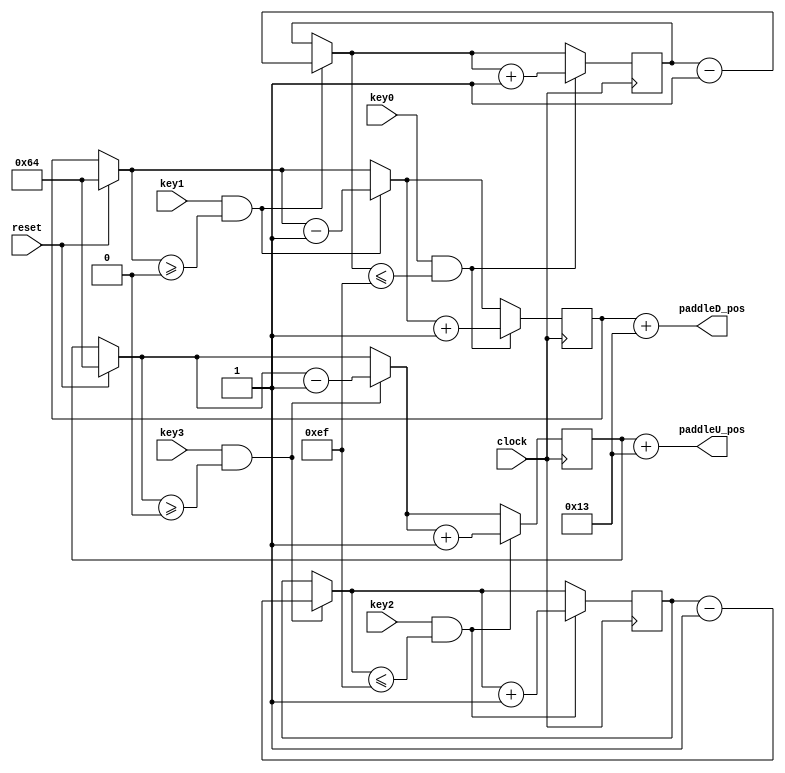
module Paddles #(

    parameter paddle_width = 9'd5,    //Width of paddles
    parameter paddle_length = 9'd40,    //Length of paddles
	 parameter paddleU_ini=9'd100,
	 parameter paddleD_ini=9'd100     //Starting position (middle)
	 ) (
	 input clock,
	 input reset,
	 input key3,
	 input key2,
	 input key1,
	 input key0,    //4 bottons for controlling paddles moving up and down
	 output wire [7:0] paddleU_pos,    //Upper paddle
	 output wire [7:0] paddleD_pos    //Lower paddle
	 );
	
   reg [7:0]	paddleU_ls;    //Upper paddle left side
	reg [7:0]	paddleU_rs;    //Upper paddle right side
	reg [7:0]	paddleD_ls;    //Lower paddle left side
	reg [7:0]	paddleD_rs;    //Lower paddle right side
	
	 //Paddles position
	 assign paddleU_pos = paddleU_ls + (paddle_length/ 8'd2 - 8'd1);
	 assign paddleD_pos = paddleD_ls + (paddle_length/ 8'd2 - 8'd1);
	
	 always @ (posedge clock) begin
	 
      if (reset) begin    //Put paddles in the middle when reset
		  
		   paddleU_ls=paddleU_ini;
	      paddleD_ls=paddleD_ini;
			
	   end 
		  
		if (key3 && paddleU_ls>=8'd0) begin     //Move upper paddle left with botton3 when the paddle doesn't reach the boundry
		  
            paddleU_ls=paddleU_ls-8'd1;
				paddleU_rs=paddleU_rs-8'd1;
			
      end 
		  
		if (key2 && paddleU_rs<=8'd239) begin   //Move upper paddle right with botton2 when the paddle doesn't reach the boundry   
		
			paddleU_ls=paddleU_ls+8'd1;
			paddleU_rs=paddleU_rs+8'd1;
			
	   end 
		
		if (key1 && paddleD_ls>=8'd0) begin     //Move lower paddle left with botton1 when the paddle doesn't reach the boundry
		
         paddleD_ls=paddleD_ls-8'd1;
			paddleD_rs=paddleD_rs-8'd1;
			
	   end
		
		if (key0 && paddleD_rs<=8'd239) begin   //Move lower paddle right with botton1 when the paddle doesn't reach the boundry   
		  
         paddleD_ls=paddleD_ls+8'd1;
			paddleD_rs=paddleD_rs+8'd1;	
			
	     end
	 end

endmodule